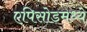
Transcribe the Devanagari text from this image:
एपिसोडमध्ये